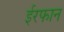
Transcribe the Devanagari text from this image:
ईरफान